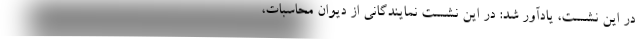
در این نشست، یادآور شد: در این نشست نمایندگانی از دیوان محاسبات،